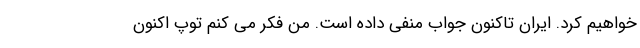
خواهیم کرد. ایران تاکنون جواب منفی داده است. من فکر می کنم توپ اکنون